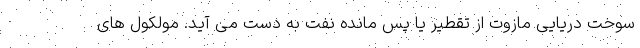
سوخت دریایی مازوت از تقطیر یا پس مانده نفت به دست می آید. مولکول های